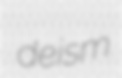
deism